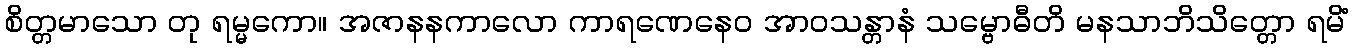
စိတ္တမာသော တု ရမ္မကော။ အဇာနနကာလော ကာရဏေနေဝ အာဝသန္တာနံ သမ္ဗောဓီတိ မနသာဘိသိတ္တော ရမိံ